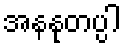
အနနုတပ္ပါ